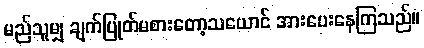
မည်သူမျှ ချက်ပြုတ်မစားတော့သယောင် အားပေးနေကြသည်။